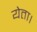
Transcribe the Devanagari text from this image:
येता।